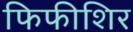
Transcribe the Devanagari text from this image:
फिफीशिर